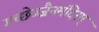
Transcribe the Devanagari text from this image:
गच्छेज्जैनमंदिरम्‌